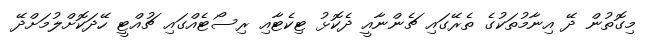
މިގޮތުން ދޭ އިނާމުތަކުގެ ތެރޭގައި ޗެންނާއީ ދެކޮޅު ޓިކެޓާއި ރިސޯޓެއްގައި ޗުއްޓީ ހޭދަކޮށްލުމަށްދޭ